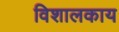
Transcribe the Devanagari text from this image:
विशालकाय